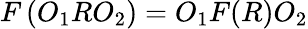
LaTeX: F\left(O_{1}RO_{2}\right)=O_{1}F(R)O_{2}